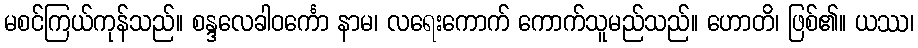
မစင်ကြယ်ကုန်သည်။ စန္ဒလေခါဝင်္ကော နာမ၊ လရေးကောက် ကောက်သူမည်သည်။ ဟောတိ၊ ဖြစ်၏။ ယဿ၊